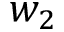
w _ { 2 }